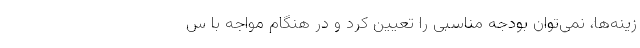
زینه‌ها، نمی‌توان بودجه مناسبی را تعیین کرد و در هنگام مواجه با س